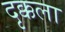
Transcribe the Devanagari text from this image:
दृक्कला